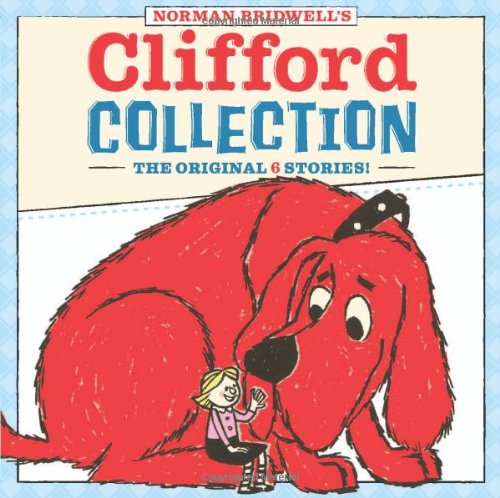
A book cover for Clifford Collection; Norman Bridwell; Children's Books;